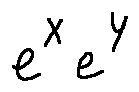
e ^ { X } e ^ { Y }